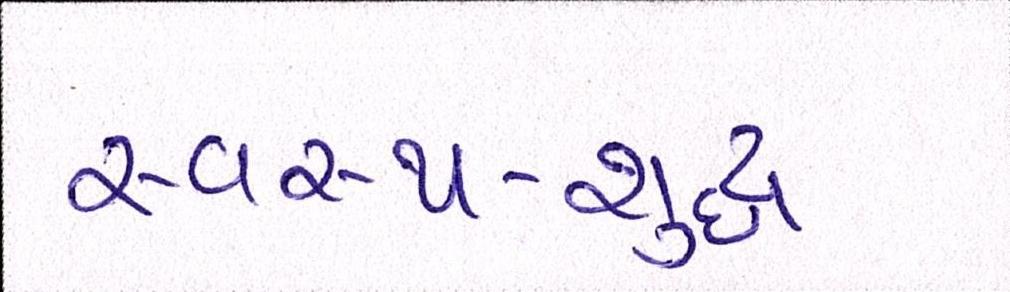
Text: સ્વસ્થ-શુદ્ધ